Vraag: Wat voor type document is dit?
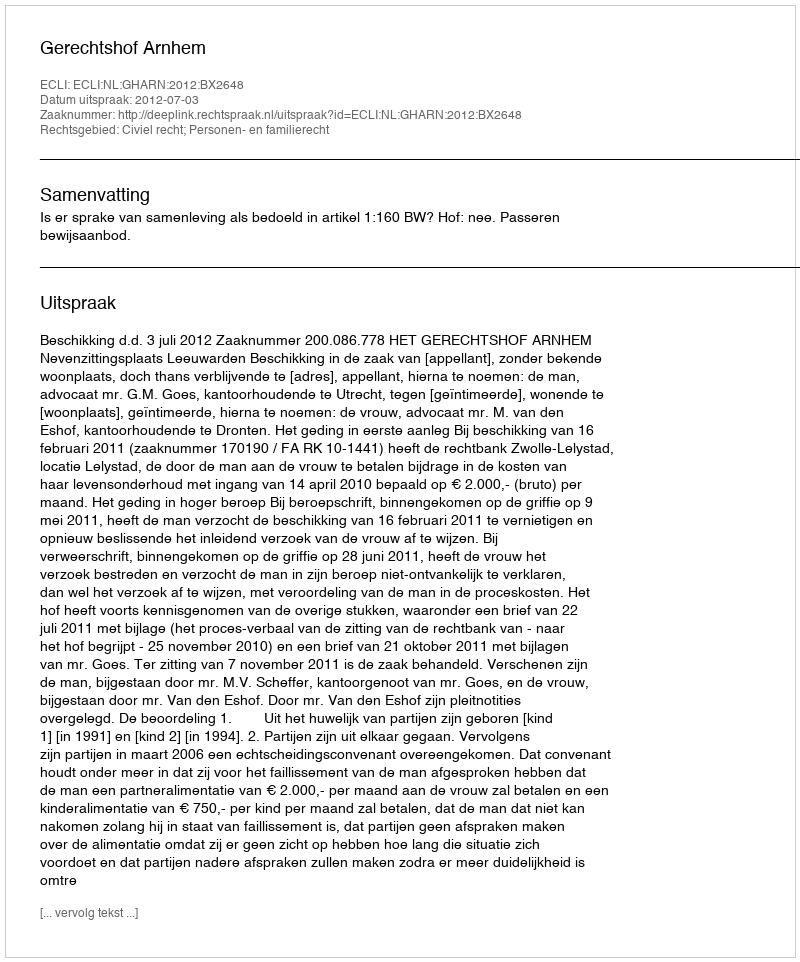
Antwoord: Uitspraak